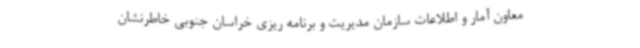
معاون آمار و اطلاعات سازمان مدیریت و برنامه ریزی خراسان جنوبی خاطرنشان